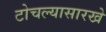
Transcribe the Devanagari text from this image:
टोचल्यासारखे